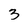
Character: 3